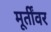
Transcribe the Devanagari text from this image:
मूर्तींवर